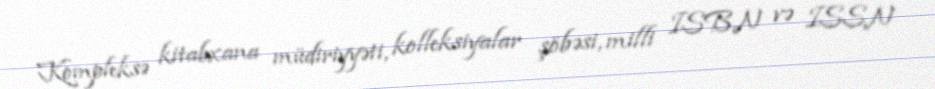
Kompleksə kitabxana müdiriyyəti, kolleksiyalar şöbəsi, milli ISBN və ISSN